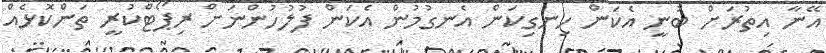
އޭނާ އިތުރަށް ބުނީ އެކަން ހިނގިކަން އެނގުމުން އެކަން ފުލުހުންނަށް ރިޕޯޓްކުރީ ތަންކޮޅެއް